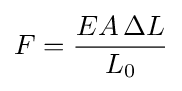
F={\frac {EA\,\Delta L}{L_{0}}}